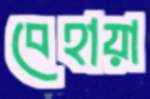
বেহায়া